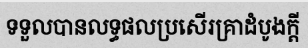
ទទួលបានលទ្ធផលប្រសើរគ្រាដំបូងក្តី